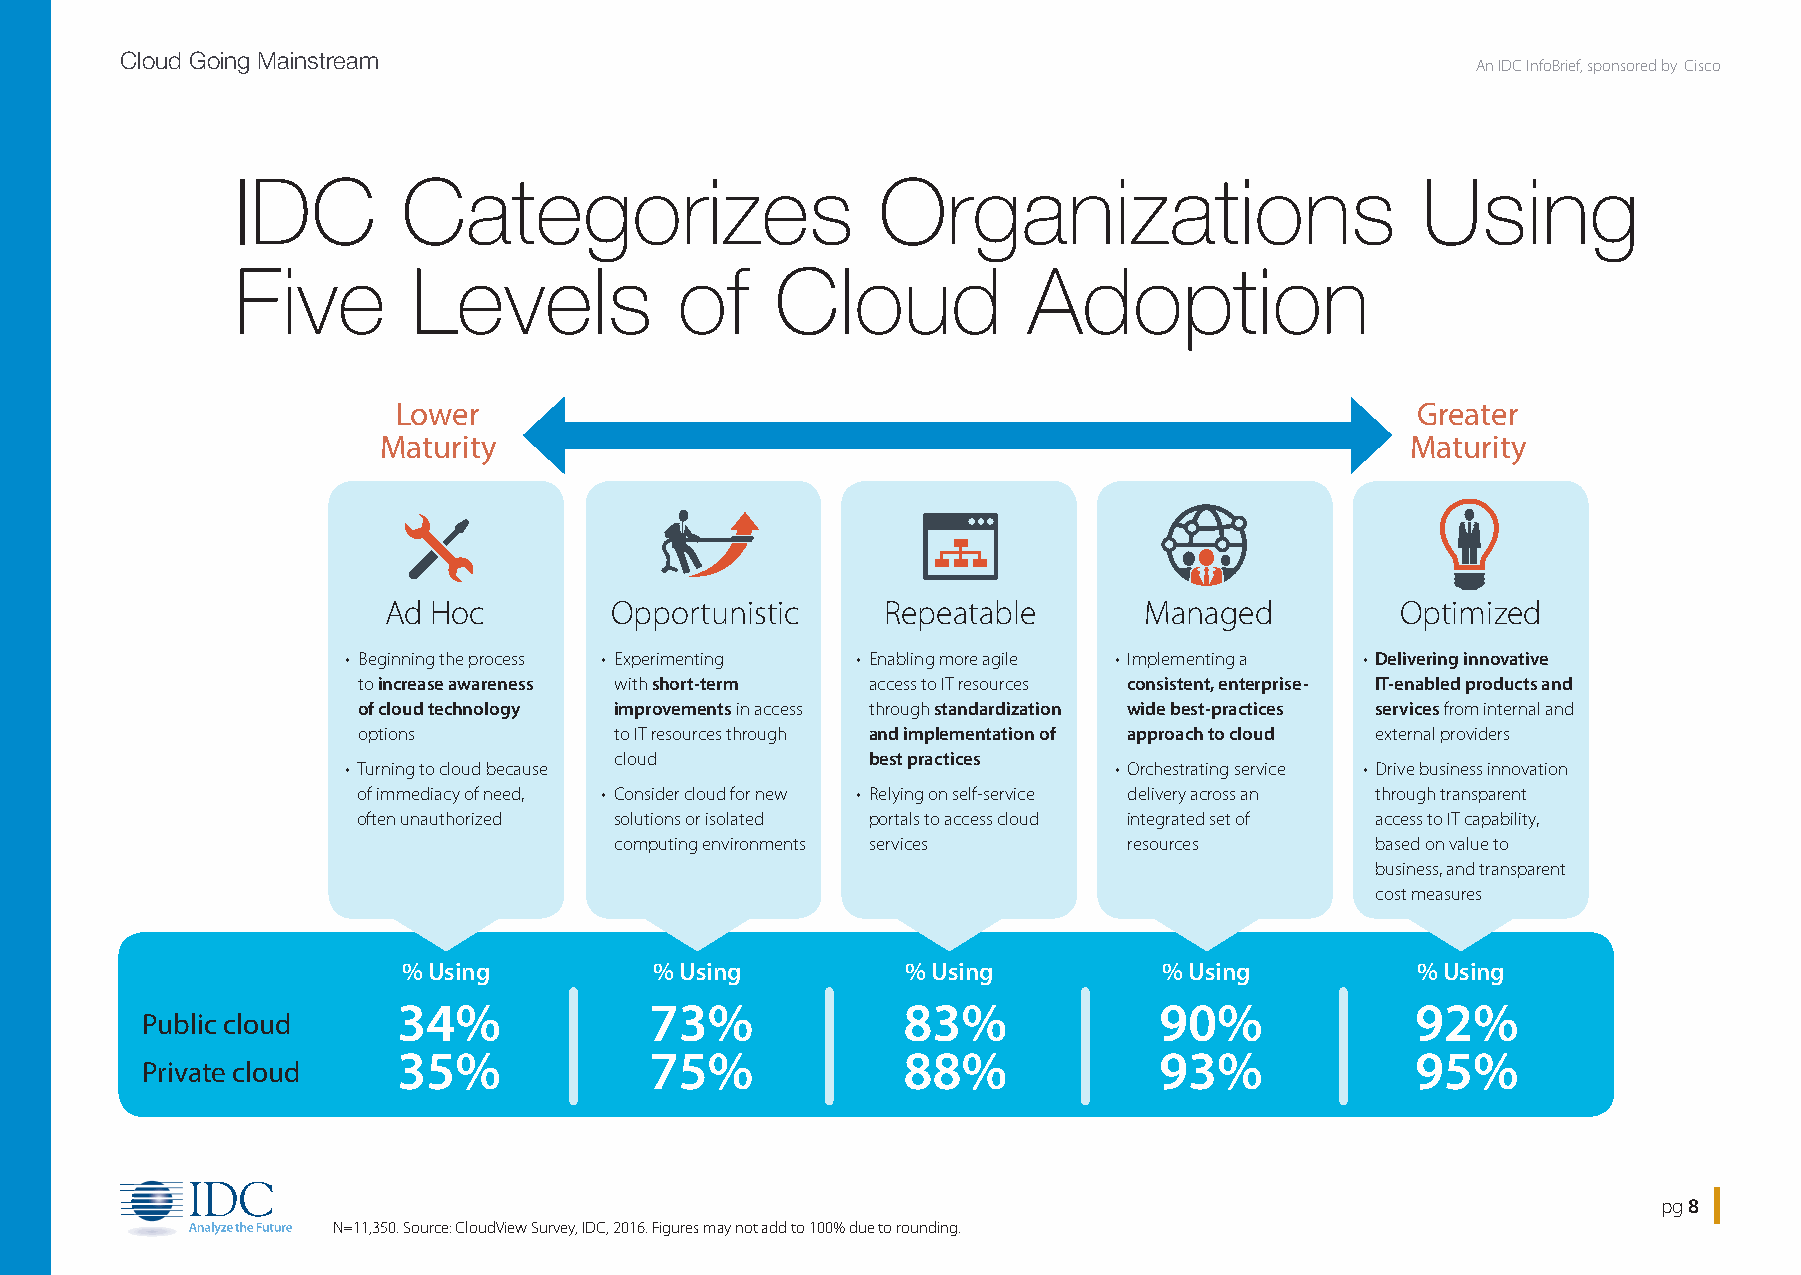
Cloud Going Mainstream
 An IDC InfoBrief, sponsored by Cisco
 IDC        Categorizes                    Organizations                       Using
 Five       Levels            of    Cloud            Adoption
 Lower                                                               Greater
 Maturity                                                            Maturity
 Ad AHdoA cHd oHAcodc HAoOdcp HpOoopOcrptpuopOnrotipusrttpniucoiOsnrtpitiscuptinocRirsettupiRcneeiRaspteteaipcbaRetleeaapbtaeleRbaelteaMpbealaeMntaaaMgbnelaaednMgaeagdneaMdgOaepndtOaimgpOetipizdmetOidmizpeitzdiemOdpizteimdized
 • Beginning the process • Experimenting • Enabling more agile • Implementing a • D elivering innovative
 to increase awareness with short-term access to IT resources consistent, enterprise- IT-enabled products and
 of cloud technology improvements in access through standardization wide best-practices services from internal and
 options          to IT resources through and implementation of approach to cloud external providers
 cloud           best practices
 • Turning to cloud because                         • Orchestrating service • Drive business innovation
 of immediacy of need, • Consider cloud for new • Relying on self-service delivery across an through transparent
 often unauthorized solutions or isolated portals to access cloud integrated set of access to IT capability,
 computing environments services   resources       based on value to
 business, and transparent
 cost measures
 % Using         % Using          % Using          % Using          % Using
 34%              73%              83%              90%              92%
 Public cloud
 35%              75%              88%              93%              95%
 Private cloud
 pg 8
 N=11,350. Source: CloudView Survey, IDC, 2016. Figures may not add to 100% due to rounding.